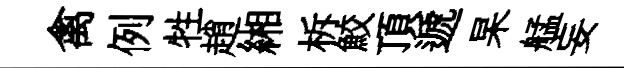
禽例牲趙緗柝鮫頂遞杲艋妄